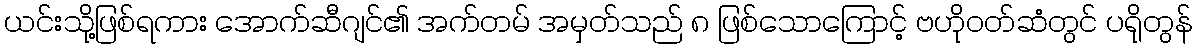
ယင်းသို့ဖြစ်ရကား အောက်ဆီဂျင်၏ အက်တမ် အမှတ်သည် ၈ ဖြစ်သောကြောင့် ဗဟိုဝတ်ဆံတွင် ပရိုတွန်